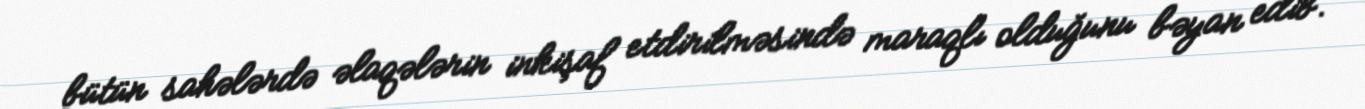
bütün sahələrdə əlaqələrin inkişaf etdirilməsində maraqlı olduğunu bəyan edib.